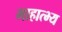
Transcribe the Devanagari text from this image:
माहात्भ्य